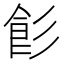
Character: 𩚎